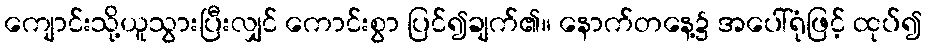
ကျောင်းသို့ယူသွားပြီးလျှင် ကောင်းစွာ ပြင်၍ချက်၏။ နောက်တနေ့၌ အပေါ်ရုံဖြင့် ထုပ်၍